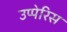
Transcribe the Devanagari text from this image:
उप्पेरिस